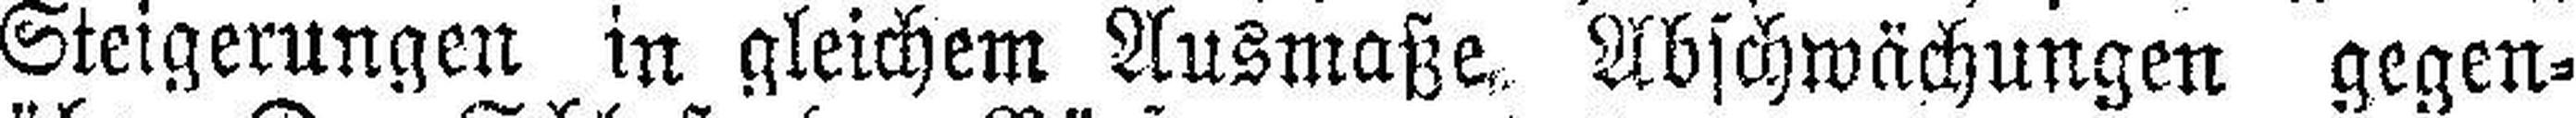
Steigerungen in gleichem Ausmaße, Abschwächungen gegen¬